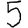
Digit: 5